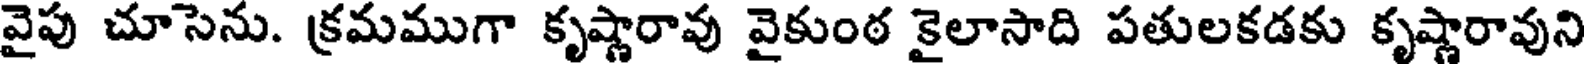
వైపు చూసెను. క్రమముగా కృష్ణారావు వైకుంఠ కైలాసాది పతులకడకు కృష్ణారావుని